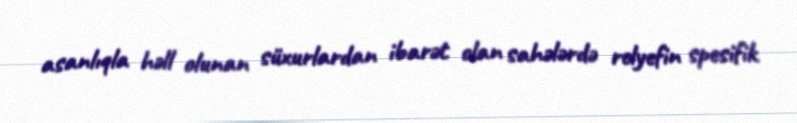
asanlıqla həll olunan süxurlardan ibarət olan sahələrdə relyefin spesifik